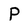
Character: P